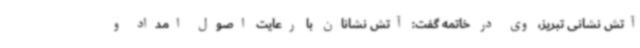
آتش نشانی تبریز، وی در خاتمه گفت: آتش نشانان با رعایت اصول امداد و